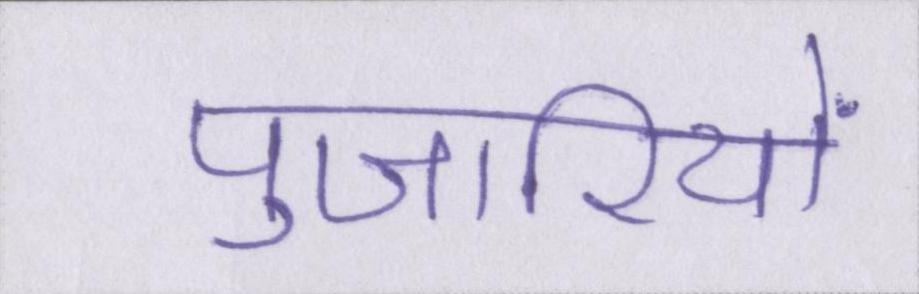
पुजारियों